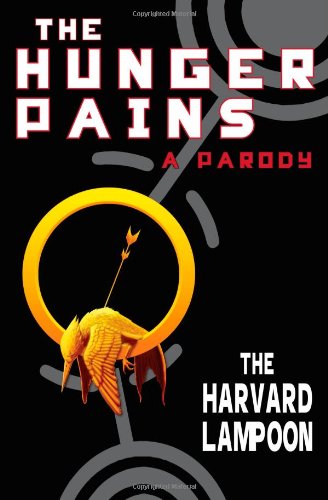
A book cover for The Hunger Pains: A Parody (Harvard Lampoon); The Harvard Lampoon; Humor & Entertainment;